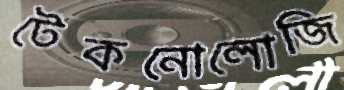
টেকনোলোজি